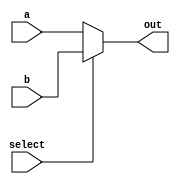
module task1(a,
             b,
             select,
             out);
    input a, b, select;
    output out;
    reg out;
    
    always@(a, b, select)
    begin
        if (select == 0)
            out = a;
        else
            out = b;
    end
endmodule